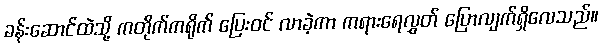
ခန်းဆောင်ထဲသို့ ကတိုက်ကရိုက် ပြေးဝင် လာခဲ့ကာ ကရားရေလွှတ် ပြောလျက်ရှိလေသည်။